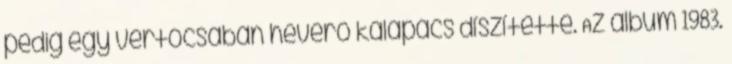
pedig egy vértócsában heverő kalapács díszítette. Az album 1983.